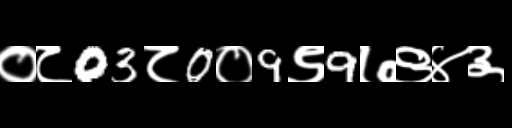
Text: ०८03८0०9९9७९४३